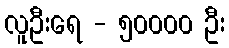
လူဦးရေ - ၅၀၀၀၀ ဦး